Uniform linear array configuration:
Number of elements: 4
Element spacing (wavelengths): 0.25
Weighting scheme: kaiser
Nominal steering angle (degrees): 45
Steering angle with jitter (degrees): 44.17
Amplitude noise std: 0.05
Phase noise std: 0.05

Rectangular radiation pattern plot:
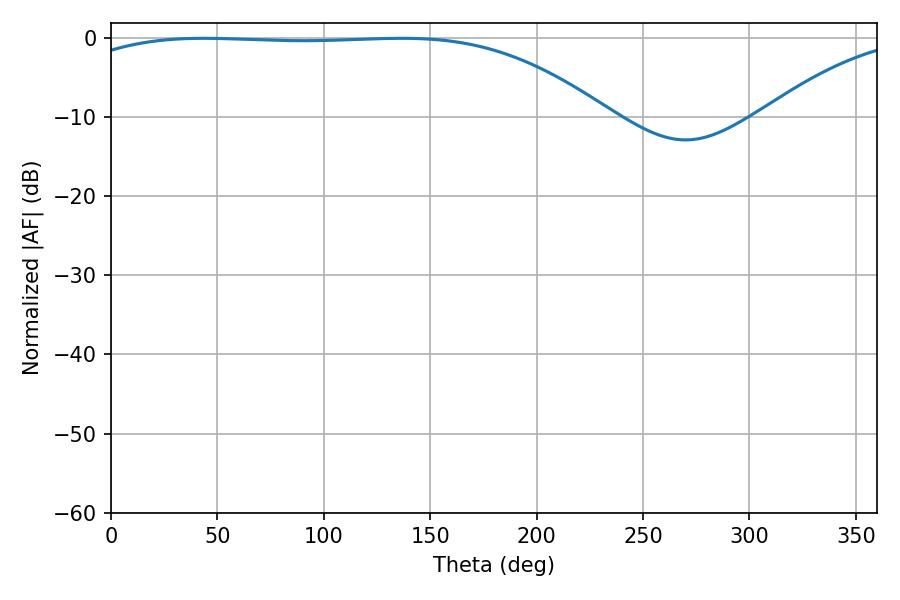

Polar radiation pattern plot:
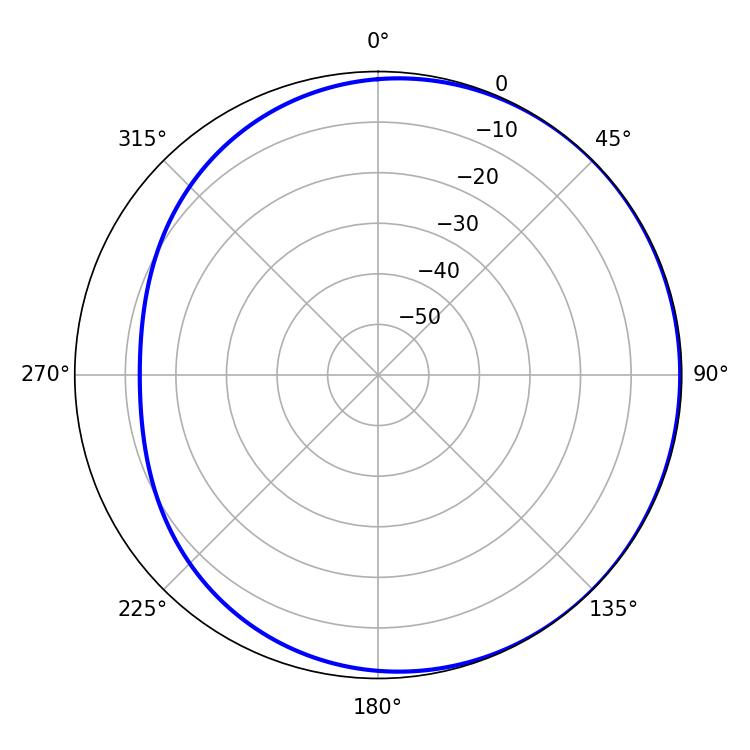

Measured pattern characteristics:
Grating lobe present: FALSE
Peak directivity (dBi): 0.9784
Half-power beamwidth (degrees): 195.3
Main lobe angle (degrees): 43.56